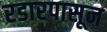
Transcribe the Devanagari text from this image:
रडारपासून